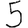
Digit: 5